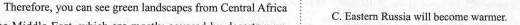
Therefore, you can see green landscapes from Central Africa C. Eastern Russia will become warmer.